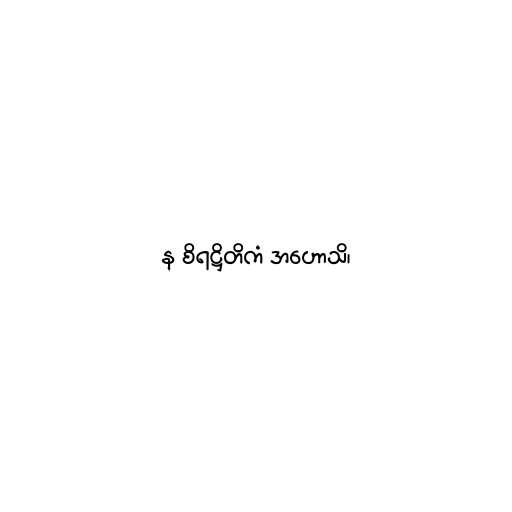
န စိရဋ္ဌိတိကံ အဟောသိ၊